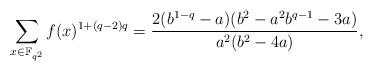
LaTeX: \begin{align*}\sum_{x\in\Bbb F_{q^2}}f(x)^{1+(q-2)q}=\frac{2(b^{1-q}-a)(b^2-a^2b^{q-1}-3a)}{a^2(b^2-4a)},\end{align*}